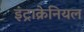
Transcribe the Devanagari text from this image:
इंट्राक्रेनियल